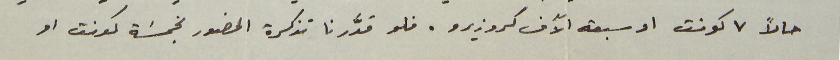
حالاً ٧ كونت او سبعة الآف كروزيرو. فلو قدَّرنا تذكرة الحضور بخمسَة كونت او